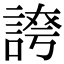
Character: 𧩊